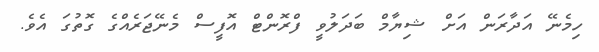
ހިމެނޭ އަދާރަން އަށް ޝިޔާމް ބަދަލުވީ ފްރޮންޓް އޮފީސް މެނޭޖަރެއްގެ ގޮތުގަ އެވެ.